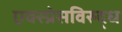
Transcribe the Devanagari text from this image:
एक्स्प्रेसविरुद्ध